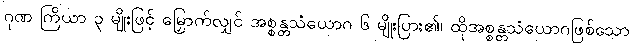
ဂုဏ ကြိယာ ၃ မျိုးဖြင့် မြှောက်လျှင် အစ္စန္တသံယောဂ ၆ မျိုးပြား၏၊ ထိုအစ္စန္တသံယောဂဖြစ်သော